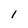
Character: 1